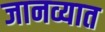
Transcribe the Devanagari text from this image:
जानव्यात